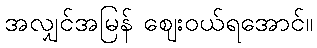
အလျှင်အမြန် ဈေးဝယ်ရအောင်။